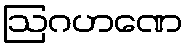
ဩဂဟဏေ